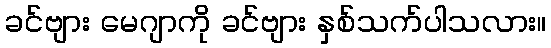
ခင်ဗျား မေဂျာကို ခင်ဗျား နှစ်သက်ပါသလား။